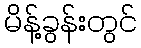
မိန့်ခွန်းတွင်